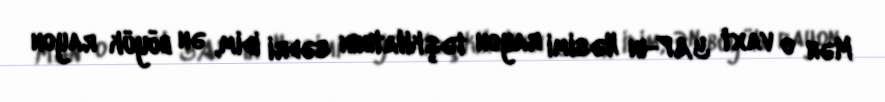
Mən o vaxt YAP-ın Nəsimi rayon təşkilatının sədri idim, ən böyük rayon